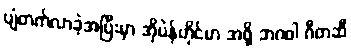
ပျံတက်လာခဲ့အပြီးမှာ အိုပဲန်ဟိုင်မာ အဖို့ ဘဂဝါ ဂီတဆီ